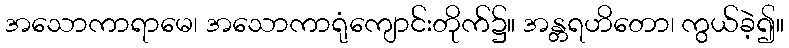
အသောကာရာမေ၊ အသောကာရုံကျောင်းတိုက်၌။ အန္တရဟိတော၊ ကွယ်ခဲ့၍။